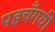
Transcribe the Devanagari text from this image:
पहचँगयी